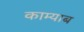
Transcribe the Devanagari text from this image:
काम्याब